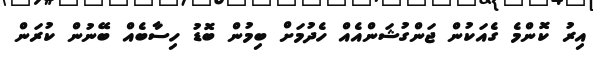
އިރު ކޮންމެ ގެއަކުން ޖަންގުޝަންއެއް ހެދުމަށް ބިމުން ބޮޑު ހިސާބެއް ބޭނުން ކުރަން